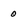
Character: 0